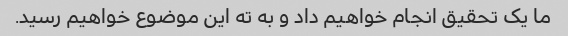
ما یک تحقیق انجام خواهیم داد و به ته این موضوع خواهیم رسید.